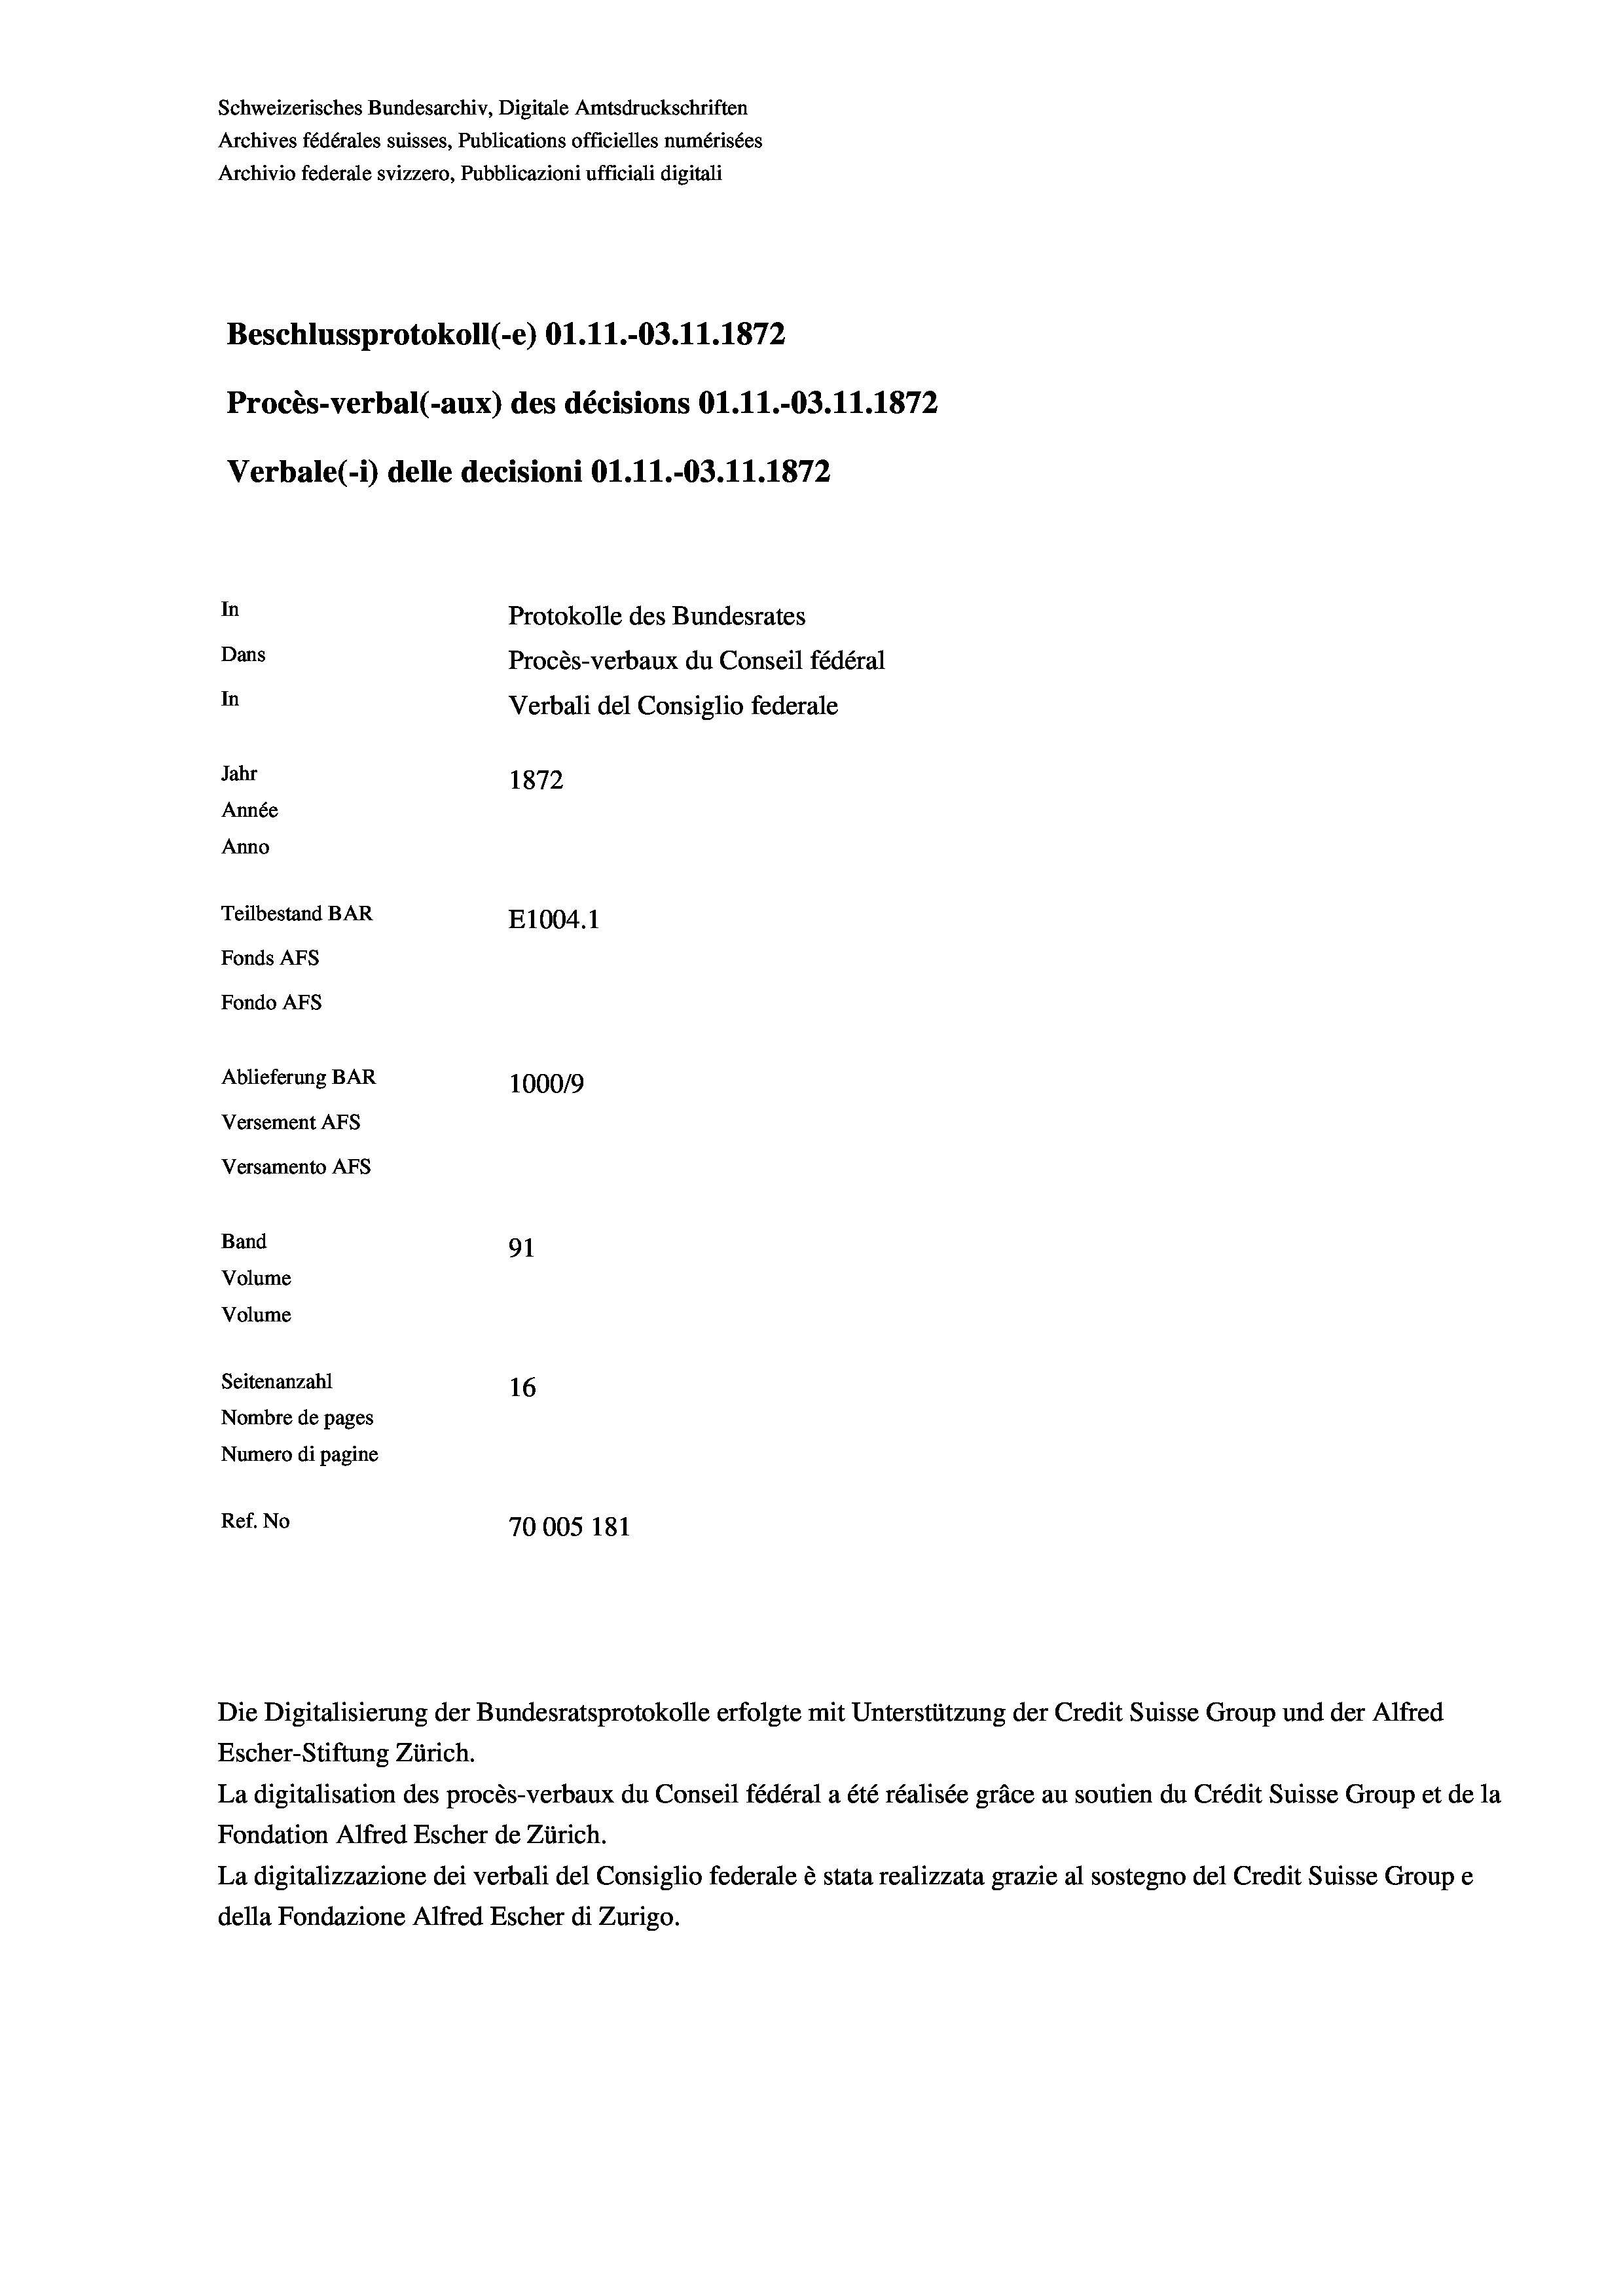
Schweizerisches Bundesarchiv, Digitale Amtsdruckschriften
Archives fédérales suisses, Publications officielles numérisées
Archivio federale svizzero, Pubblicazioni ufficiali digitali
Beschlussprotokoll (-e) O1.11.-03.11.1872
Procès-verbal (-aux) des décisions O1.11.-03.11.1872
Verbale (- 1) delle decisioni Ol.11.-03.11.1872
In
Protokolle des Bundesrates
Dans
Procès-verbaux du Conseil fédéral
In
Verbali del Consiglio federale
Jahr
1872
Année
Anno
Teilbestand BAR
E1004. 1
Fonds AFs
Fondo AFs
Ablieferung BAR
100019
Versement AFs
Versamento Afs
Band
91
Volume
Volume
Seitenanzahl
16
Nombre de pages
Numero di pagine
Ref. No
70005 181

Escher-Stiftung Zürich.
La digitalisation des procès-verbaux du Conseil fédéral a été réalisée gräce au soutien du Crédit Suisse Group et de la
Fondation Alfred Escher de Zürich.
La digitalizzazione dei verbali del Consiglio federale è stata realizzata grazie al sostegno del Credit Suisse Groupe
della Fondazione Alfred Escher di Zurigo.

Die Digitalisierung der Bundesratsprotokolle erfolgte mit Unterstützung der Credit Suisse Group und der Alfred